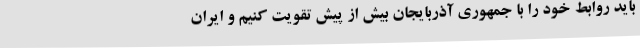
باید روابط خود را با جمهوری آذربایجان بیش از پیش تقویت کنیم و ایران